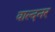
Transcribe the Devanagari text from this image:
वाल्दनर